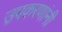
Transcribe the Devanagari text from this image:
उपकरणांनी